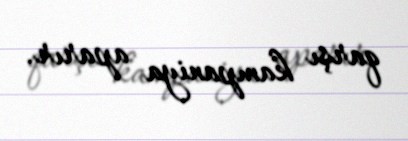
qarşı kampaniya aparır.